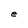
Character: e